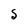
Character: S